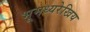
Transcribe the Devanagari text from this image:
भूमध्यरेखिय